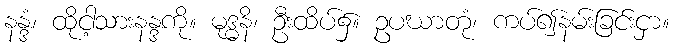
နန္ဒံ၊ ထိုငါ့သားနန္ဒကို။ မုဒ္ဓနိ၊ ဦးထိပ်၌။ ဥပဃာတုံ၊ ကပ်၍နမ်းခြင်းငှာ။